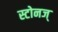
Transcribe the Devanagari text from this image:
स्टोनज्